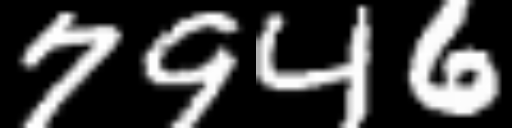
Text: 7946